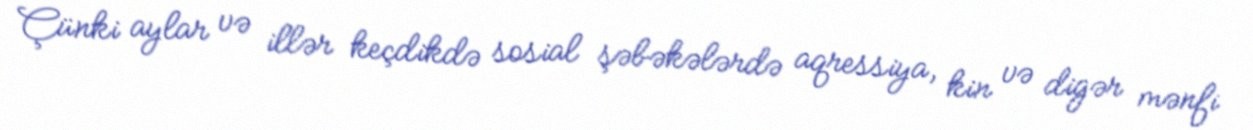
Çünki aylar və illər keçdikdə sosial şəbəkələrdə aqressiya, kin və digər mənfi